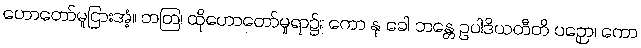
ဟောတော်မူငြားအံ့။ တတြ၊ ထိုဟောတော်မူရာ၌။ ကော နု ခေါ ဘန္တေ ဥပါဒိယတီတိ ပဉှော၊ ကော